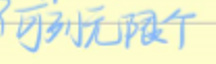
可列出无限个